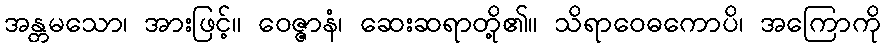
အန္တမသော၊ အားဖြင့်။ ဝေဇ္ဇာနံ၊ ဆေးဆရာတို့၏။ သိရာဝေဓကောပိ၊ အကြောကို